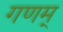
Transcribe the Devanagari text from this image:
गणम्